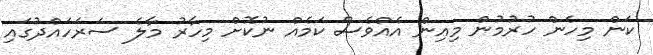
ކަން މިހެން ހުރުމުން މިއިން އެއްވެސް ކަމެއް ނުކޮށް މިހާރު މާލެ ސަރަހައްދުގައި